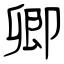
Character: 卿